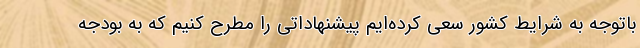
باتوجه به شرایط کشور سعی کرده‌ایم پیشنهاداتی را مطرح کنیم که به بودجه